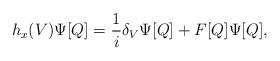
LaTeX: \begin{align*}h_x(V)\Psi[Q]={1\over i}\delta_V\Psi[Q] + F[Q]\Psi[Q],\end{align*}